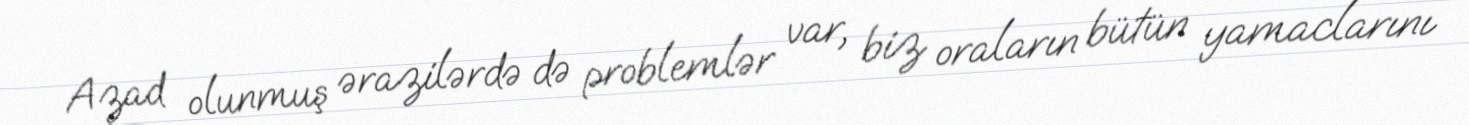
Azad olunmuş ərazilərdə də problemlər var, biz oraların bütün yamaclarını